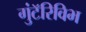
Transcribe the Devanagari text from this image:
गुंटॅरिविभ